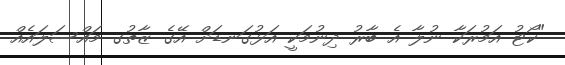
"ކޯޓު އަމުރަކާ ނުލާ އެ ބާރު ދިނުމަކީ އަޅުގަނޑަށް އޭގެ ޒާތުގ މައްސަލައެއް